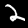
Digit: 2